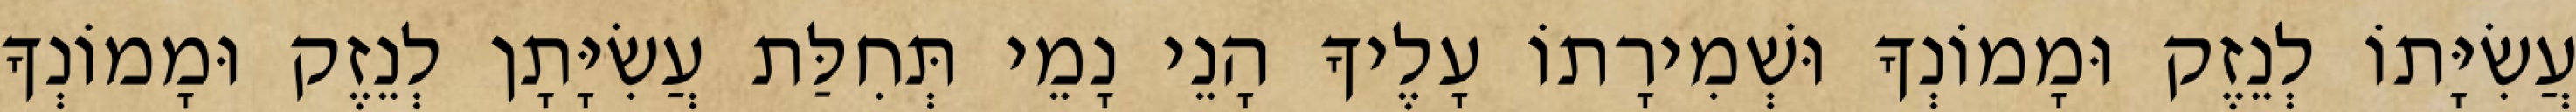
עֲשִׂיָּתוֹ לְנֵזֶק וּמָמוֹנְךָ וּשְׁמִירָתוֹ עָלֶיךָ הָנֵי נָמֵי תְּחִלַּת עֲשִׂיָּתָן לְנֵזֶק וּמָמוֹנְךָ